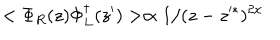
< \Phi _ { R } ( z ) \Phi _ { L } ^ { \dagger } ( z ^ { \prime } ) > \propto 1 / ( z - z ^ { * } ) ^ { 2 x }